Annual report on the Civil Veterinary Department, Burma (including the Insein Veterinary School) - 1910-1922
Year: 1910
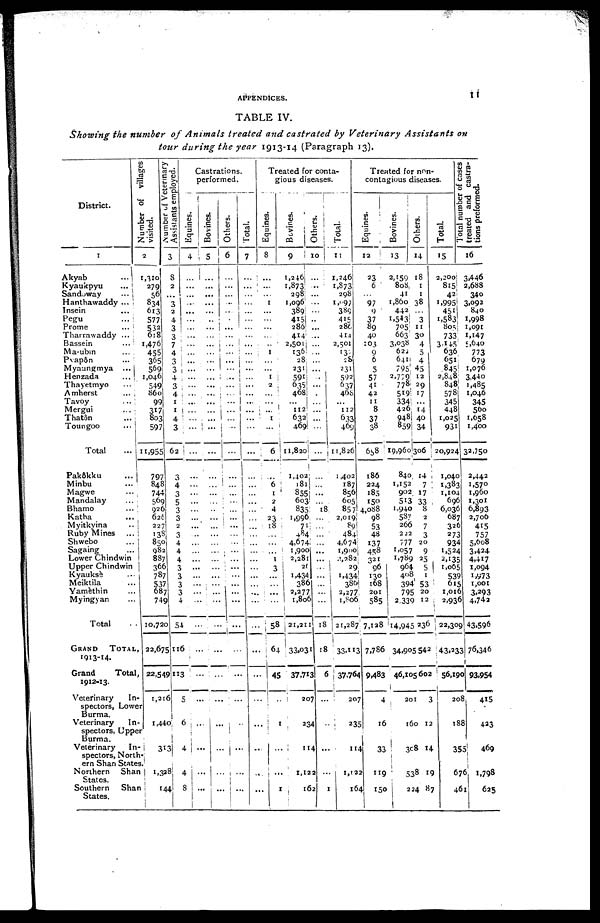
APPENDICES.
11
TABLE IV.
Showing the number of Animals treated and castrated by Veterinary Assistants on
tour during the year 1913-14 (Paragraph 13).
District.
1
Akyab ...
Kyaukpyu ...
Sancbway ...
Hanthawaddy ...
Insein ...
Pegu
Prome ...
Tharrawaddy ... ...
Bassein ...
Ma-ubm ...
Pyapôn ...
Myaungmya ...
Henzada ...
Thayetmyo ...
Amherst
Tavoy ...
Mergui ...
Thatôn ...
Toungoo
...
Total ...
Number of villages
visited.
2
1,310
279
56
834
613
577
532
618
1,476
455
365
569
1,046
549
86c
99
317
803
597
11,955
Number
of Veterinary
Assistants employed.
3
8
2
...
3
2
4
3
3
7
4
3
3
4
3
4
1
1
4
3
62
Castrations,
performed.
Equines.
4
...
...
...
...
...
...
...
...
...
...
...
...
...
...
...
...
...
...
Bovines.
5
...
...
...
...
...
...
...
...
...
...
...
...
...
...
...
...
...
...
...
...
Others.
6
...
...
...
...
...
...
...
...
...
...
...
...
...
...
...
...
...
...
...
Total.
7
...
...
...
...
...
...
...
...
...
...
...
...
...
...
...
i ...
...
...
...
...
...
Treated for conta-
gious diseases.
Equines.
8
...
...
...
1
...
...
...
...
...
1
...
...
1
2
...
...
...
1
...
6
Bovines.
9
1,246
1,873
298
1,096
389
415
286
414
2,501
136
28
231
591
635
468
...
112
632
469
11,820
Others.
10
...
...
...
...
...
...
...
...
...
...
...
...
...
...
...
...
...
...
Total.
11
1,246
1,873
298
1,097
389
415
286
414
2,501
130
28
231
592
637
468
...
112
633
469
11,826
Treated for non-
contagious diseases.
Equines.
12
23
6
...
97
9
37
89
40
103
9
6
5
57
41
42
11
8
37
38
658
Bovines.
13
2,159
808
41
1,860
442
1,543
705
663
3,038
622
641
795
2,779
778
519
334
426
948
859
19,960
Others.
14
18
1
1
38
3
11
30
4
5
4
45
12
29
17
14 ...
14
40
34
1,306
Total.
15
2,200
815
42
1,995
451
1,583
805,
733
3,145
636
651
845
2,848
848
578
345
448
I,025
931
20,924
Total number of cases
treated and castra-
tions preformed.
16
3,446
2,688
340
3,092
840
1,998
1,091
1,147
5,640
773
679
1,076
3,440
1,485
1,046
345
560
1,658
1,400
32,750
Pakôkku
...
Minbu
...
Magwe
...
Mandalay
...
Bhamo ...
Katha ...
Myitkyina ...
Ruby Mines
...
Shwebo
...
Sagamg
...
Lower Chindwin
Upper Chindwin |
Kyauksè
...
Meiktila
...
Yamèthin
...
Myingyan ...
Total
GRAND TOTAL,
1913-14.
Grand
Total,
1912-13.
Veterinary
In-
spectors, Lower
Burma.
Veterinary
In-
spectors, Upper
Burma.
Veterinary
In-
spectors, North
ern Shan States
Northern
Shan
States.
Southern
Shan
States.
797
848
744
569
926
626
227
138
850
982
887
366
787
537
687
749
10,720
22,675
22,549
1,216
1,440
.
313
i
1,328
144
3
4
3
5
3
3
2
3
4
4
4
3
3
3
3
4
54
116
113
5
6
4
4
1 8
...
...
...
...
...
...
...
...
...
...
...
...
...
...
...
...
...
...
...
...
...
...
...
...
...
...
...
...
...
...
...
...
...
...
...
...
...
...
...
...
...
...
...
...
...
...
...
...
...
...
...
....
...
...
...
...
...
...
...
...
...
...
..
...
...
...
...
...
...
...
...
...
...
...
...
...
...
...
...
...
...
6
1
■2
4
23
18
...
...
...
I
3
...
...
...
...
58
64
45
1
...
...
1
1,402
181
855
603!
835
1,996
71
484
4,674
1,900
2,281
20
1,434
386
2,277
1,806
21,211
33.031'
37,713
207
234
114
1,122
162
...
...
...
...
18
...
...
...
...
...
...
...
...1
...
...
...
18
18
6
...
...
I
1,402
I87
856
605
857
2,OI9!
89
484
4,674
1,900
2,282,
29.
1,434
380
2,277,
1,806
21,287
33,113
37,764
207
235
114
1,122
164
186
224
l85
I50
4,088
98
53
48
137
458
321
96
130
168
201
585
7,128
7,786
9,483
4
16
33
119
150
840,
1,152
902
513
1,940
587
266
222
777
1,057
1,789
964
408
394
795
2,339
14,945
34,905
46,105
201
160
308
538
224
14
7
17
33
8
2
7
3
20
9
25
5 1
53
20
12
236
542
602
3
12
14
19
87
1,040
1,383
1,104
696
6,036
687
326
273
934
1,524
2,135
1,065
539
615
1,016
2,936
22,309
43,233
56,190
208
188
355
67
46
2,442
1,570
1,960
1,301
6,893
2,706
415
757
5,608
3,424
4,417
1,094
1,973
1,001
3,293
4,742
43.596
76,346
93,954
415
423
469
1,798
625